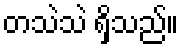
တသဲသဲ ရှိသည်။